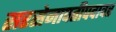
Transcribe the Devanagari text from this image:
सरसेनापतीपदावर